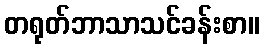
တရုတ်ဘာသာသင်ခန်းစာ။